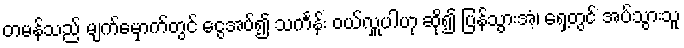
တမန်သည် မျက်မှောက်တွင် ငွေအပ်၍ သင်္ကန်း ဝယ်လှူပါဟု ဆို၍ ပြန်သွားအံ့၊ ရှေ့တွင် အပ်သွားသူ